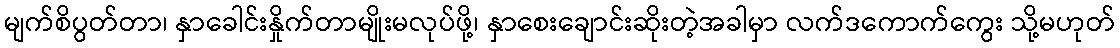
မျက်စိပွတ်တာ၊ နှာခေါင်းနှိုက်တာမျိုးမလုပ်ဖို့၊ နှာစေးချောင်းဆိုးတဲ့အခါမှာ လက်ဒကောက်ကွေး သို့မဟုတ်